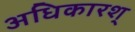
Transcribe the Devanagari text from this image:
अधिकारश्